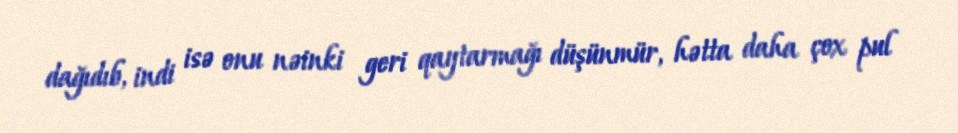
dağıdıb, indi isə onu nəinki geri qaytarmağı düşünmür, hətta daha çox pul